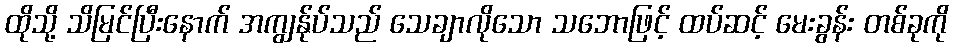
ထိုသို့ သိမြင်ပြီးနောက် အကျွန်ုပ်သည် သေချာလိုသော သဘောဖြင့် ထပ်ဆင့် မေးခွန်း တစ်ခုကို